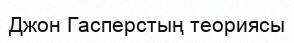
Джон Гасперстың теориясы